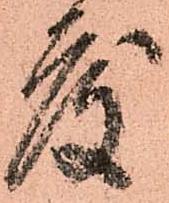
度